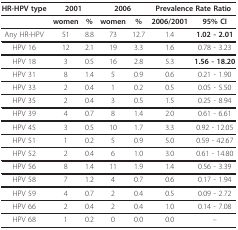
<table><thead><tr><td><b>HR-HPV type</b></td><td colspan="2"><b>2001</b></td><td colspan="2"><b>2006</b></td><td colspan="2"><b>Prevalence Rate Ratio</b></td></tr></thead><tbody><tr><td></td><td><b>women</b></td><td><b>%</b></td><td><b>women</b></td><td><b>%</b></td><td><b>2006/2001</b></td><td><b>95% CI</b></td></tr><tr><td>Any HR-HPV</td><td>51</td><td>8.8</td><td>73</td><td>12.7</td><td>1.4</td><td><b>1.02 - 2.01</b></td></tr><tr><td>HPV 16</td><td>12</td><td>2.1</td><td>19</td><td>3.3</td><td>1.6</td><td>0.78 - 3.23</td></tr><tr><td>HPV 18</td><td>3</td><td>0.5</td><td>16</td><td>2.8</td><td>5.3</td><td><b>1.56 - 18.20</b></td></tr><tr><td>HPV 31</td><td>8</td><td>1.4</td><td>5</td><td>0.9</td><td>0.6</td><td>0.21 - 1.90</td></tr><tr><td>HPV 33</td><td>2</td><td>0.4</td><td>1</td><td>0.2</td><td>0.5</td><td>0.05 - 5.50</td></tr><tr><td>HPV 35</td><td>2</td><td>0.4</td><td>3</td><td>0.5</td><td>1.5</td><td>0.25 - 8.94</td></tr><tr><td>HPV 39</td><td>4</td><td>0.7</td><td>8</td><td>1.4</td><td>2.0</td><td>0.61 - 6.61</td></tr><tr><td>HPV 45</td><td>3</td><td>0.5</td><td>10</td><td>1.7</td><td>3.3</td><td>0.92 - 12.05</td></tr><tr><td>HPV 51</td><td>1</td><td>0.2</td><td>5</td><td>0.9</td><td>5.0</td><td>0.59 - 42.67</td></tr><tr><td>HPV 52</td><td>2</td><td>0.4</td><td>6</td><td>1.0</td><td>3.0</td><td>0.61 - 14.80</td></tr><tr><td>HPV 56</td><td>8</td><td>1.4</td><td>11</td><td>1.9</td><td>1.4</td><td>0.56 - 3.39</td></tr><tr><td>HPV 58</td><td>7</td><td>1.2</td><td>4</td><td>0.7</td><td>0.6</td><td>0.17 - 1.94</td></tr><tr><td>HPV 59</td><td>4</td><td>0.7</td><td>2</td><td>0.4</td><td>0.5</td><td>0.09 - 2.72</td></tr><tr><td>HPV 66</td><td>2</td><td>0.4</td><td>2</td><td>0.4</td><td>1.0</td><td>0.14 - 7.08</td></tr><tr><td>HPV 68</td><td>1</td><td>0.2</td><td>0</td><td>0.0</td><td>0.0</td><td>--</td></tr></tbody></table>